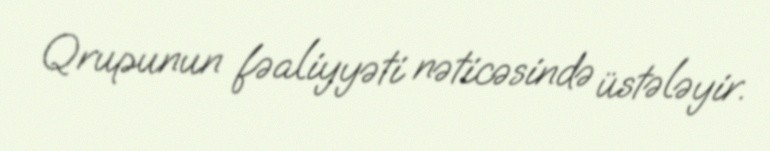
Qrupunun fəaliyyəti nəticəsində üstələyir.